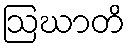
ဩဃာတိ